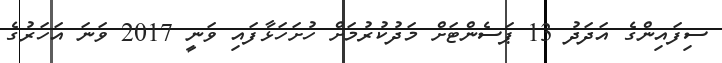
ސިފައިންގެ އަދަދު 13 ޕަސެންޓަށް މަދުކުރުމަށް ހުށަހަޅާފައި ވަނީ 2017 ވަނަ އަހަރުގެ